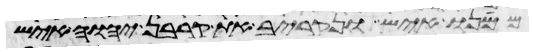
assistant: ממנו איש ונקריב את קרבן יהוה איש